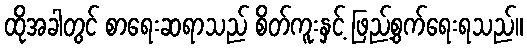
ထိုအခါတွင် စာရေးဆရာသည် စိတ်ကူးနှင့် ဖြည့်စွက်ရေးရသည်။